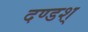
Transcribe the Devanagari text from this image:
दण्डश्